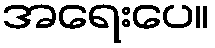
အရေးပေ။